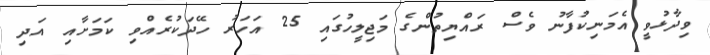
ވިދާޅުވީ އެމަނިކުފާނު ވެސް ރައްޔިތުންގެ މަޖިލީހުގައި 25 އަހަރު ހޭދަކުރެއްވި ކަމަށާއި އަދި